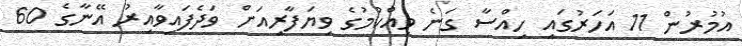
އުމުރުން 11 އަހަރުގައި ހިއްސާ ގަނެ ވިއްކުމުގެ ވިޔަފާރިއަށް ވަދެފައިވާއިރު އޭނާގެ 60